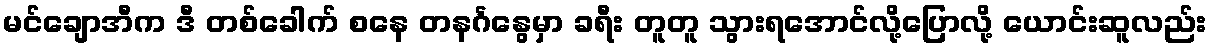
မင်ချောအီက ဒီ တစ်ခေါက် စနေ တနင်္ဂနွေမှာ ခရီး တူတူ သွားရအောင်လို့ပြောလို့ ယောင်းဆူလည်း